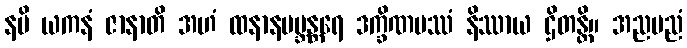
နပိ ယကနံ ဇာနာတိ အဟံ ထနာနမဗ္ဘန္တရေ ဒက္ခိဏပဿံ နိဿာယ ဌိတန္တိ။ အညမညံ